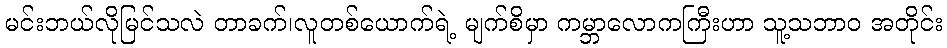
မင်းဘယ်လိုမြင်သလဲ တာခက်၊လူတစ်ယောက်ရဲ့ မျက်စိမှာ ကမ္ဘာလောကကြီးဟာ သူ့သဘာဝ အတိုင်း